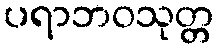
ပရာဘဝသုတ္တ